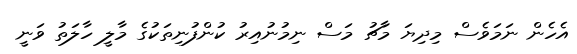
އެހެން ނަމަވެސް މިދިޔަ މާޗު މަސް ނިމުނުއިރު ކުންފުނިތަކުގެ މާލީ ހާލަތު ވަނީ